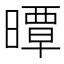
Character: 曋